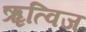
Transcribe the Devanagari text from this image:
ॠत्विज